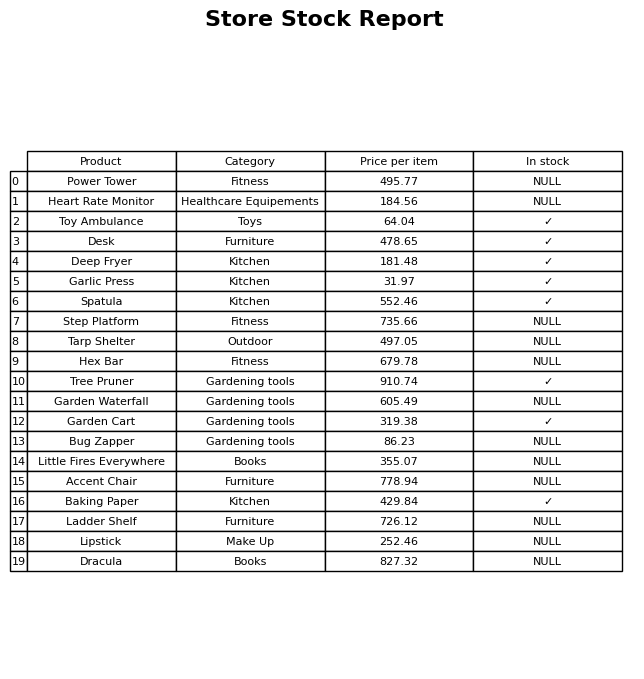
question: What is the stock status of the Little Fires Everywhere?
answer: NULL